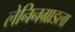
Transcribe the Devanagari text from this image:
लेनिनग्राडला